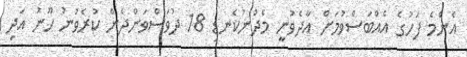
އެންމެ ފަހުގެ އެއްބަސްވުމަށް އާދެވުނީ މެދުނުކެނޑި 18 ދުވަސްވަންދެން ކުރެވުނު ހޫނު އަދި